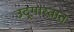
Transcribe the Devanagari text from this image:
उद्‌गारतात